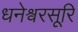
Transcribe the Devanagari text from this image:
धनेश्वरसूरि